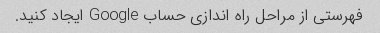
فهرستی از مراحل راه اندازی حساب Google ایجاد کنید.